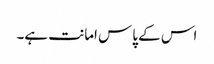
اس کے پاس امانت ہے۔